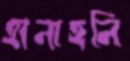
হানাহনি